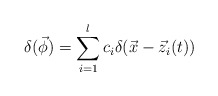
\begin{align*}\delta (\vec \phi )=\sum_{i=1}^lc_i\delta (\vec x-\vec z_i(t))\end{align*}